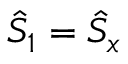
\hat { S } _ { 1 } = \hat { S } _ { x }